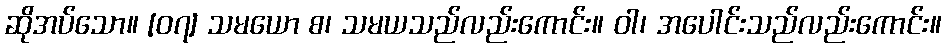
ဆိုအပ်သော။ [၀၇] သမယော စ၊ သမယသည်လည်းကောင်း။ ဝါ၊ အပေါင်းသည်လည်းကောင်း။